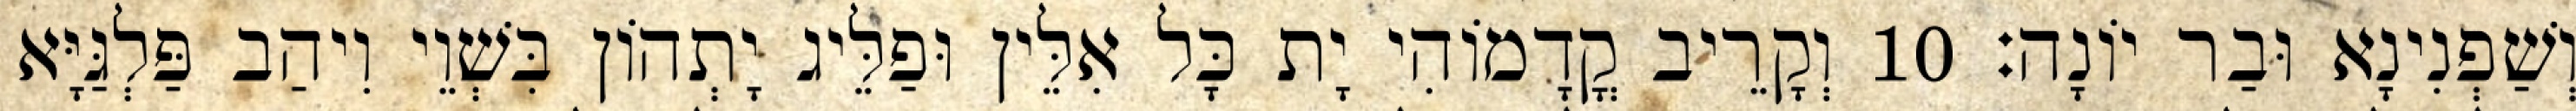
וְשַׁפְנִינָא וּבַר יוֹנָה׃ 10 וְקָרֵיב קֳדָמוֹהִי יָת כָּל אִלֵּין וּפַלֵּיג יָתְהוֹן בִּשְׁוֵי וִיהַב פַּלְגַּיָּא